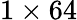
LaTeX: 1\times 64